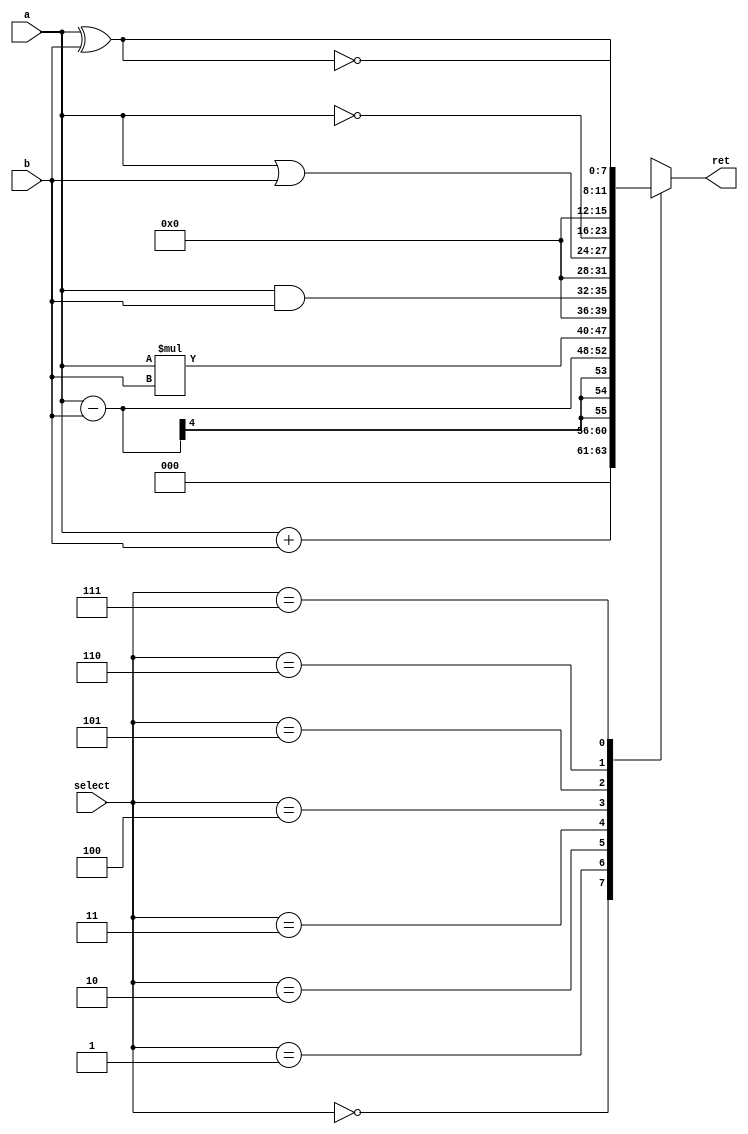
`timescale 1ns / 1ps
// ALU : Arithmetic Logic Unit

module alu(a, b, select, ret);
    input [3:0] a, b;      // 4-bitlik iki giri (a ve b)
    input [2:0] select;   // 3-bitlik select
    output [7:0] ret;    // 8-bitlik ret

    reg [7:0] ret;// Wire

    // Global Olarak Islem Kodlarini Tanimlanmasi
    parameter add_op = 3'b000, // Toplama ilemi kodu
              sub_op = 3'b001, // karma ilemi kodu
              mul_op = 3'b010, // arpma ilemi kodu
              and_op = 3'b011, // Mantksal AND ilemi kodu
              or_op = 3'b100,  // Mantksal OR ilemi kodu
              not_op = 3'b101, // Mantksal NOT (Negation) ilemi kodu
              xor_op = 3'b110, // Mantksal XOR ilemi kodu
              xnor_op = 3'b111; // Mantksal XNOR ilemi kodu

    always @ (a or b or select)
    begin
        case (select)
            add_op: ret = a + b;    // Toplama ilemi
            sub_op: ret = a - b;    // karma ilemi
            mul_op: ret = a * b;    // arpma ilemi
            and_op: ret = a & b;    // Mantksal AND ilemi
            or_op: ret = a | b;     // Mantksal OR ilemi
            not_op: ret = ~a;       // Mantksal NOT (Negation) ilemi
            xor_op: ret = a ^ b;    // Mantksal XOR ilemi
            xnor_op: ret = ~(a ^ b); // Mantksal XNOR ilemi
        endcase
    end
endmodule